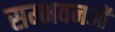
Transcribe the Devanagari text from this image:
सम्भवनओं